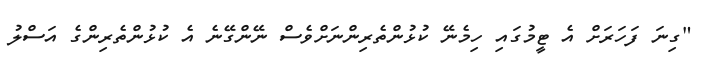
"ގިނަ ފަހަރަށް އެ ޓީމުގައި ހިމެނޭ ކުޅުންތެރިންނަށްވެސް ނޭންގޭނެ އެ ކުޅުންތެރިންގެ އަސްލު